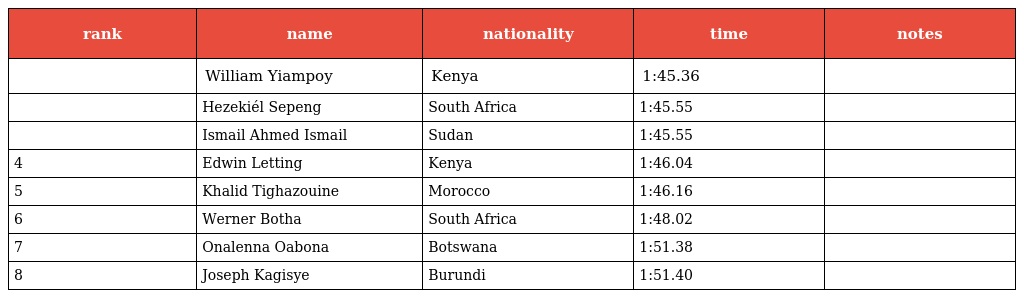
| rank | name | nationality | time | notes |
 | --- | --- | --- | --- | --- |
 |  | William Yiampoy | Kenya | 1:45.36 |  |
 |  | Hezekiél Sepeng | South Africa | 1:45.55 |  |
 |  | Ismail Ahmed Ismail | Sudan | 1:45.55 |  |
 | 4 | Edwin Letting | Kenya | 1:46.04 |  |
 | 5 | Khalid Tighazouine | Morocco | 1:46.16 |  |
 | 6 | Werner Botha | South Africa | 1:48.02 |  |
 | 7 | Onalenna Oabona | Botswana | 1:51.38 |  |
 | 8 | Joseph Kagisye | Burundi | 1:51.40 |  |